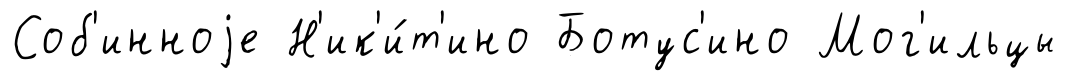
Соб'инноjе Н'ик'и́т'ино Ботус'ино Мог'ильцы